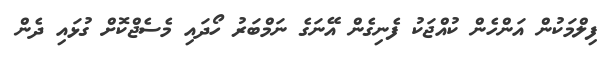
ފިލްމަކުން އަންހެން ކުއްޖަކު ފެނިގެން އޭނަގެ ނަމްބަރު ހޯދައި މެސެޖްކޮށް ގުޅައި ދެން